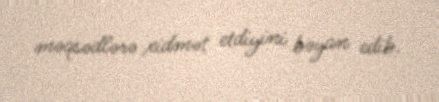
məqsədlərə xidmət etdiyini bəyan edib.